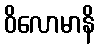
ဝိလောမာနိ